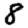
Digit: 8